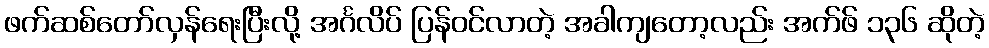
ဖက်ဆစ်တော်လှန်ရေးပြီးလို့ အင်္ဂလိပ် ပြန်ဝင်လာတဲ့ အခါကျတော့လည်း အက်ဖ် ၁၃၆ ဆိုတဲ့